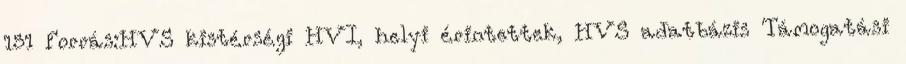
151 Forrás:HVS kistérségi HVI, helyi érintettek, HVS adatbázis Támogatási